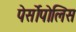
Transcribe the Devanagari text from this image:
पेर्सोपोलिस